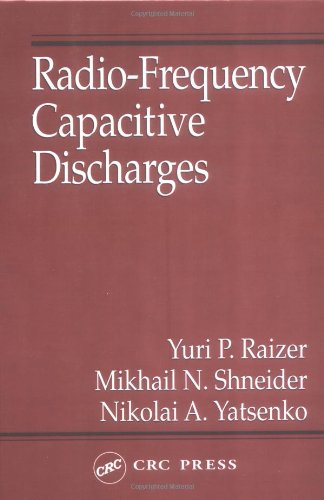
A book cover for Radio-Frequency Capacitive Discharges; Yuri P. Raizer; Crafts, Hobbies & Home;